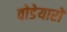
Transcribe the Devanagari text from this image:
वोडेयारों